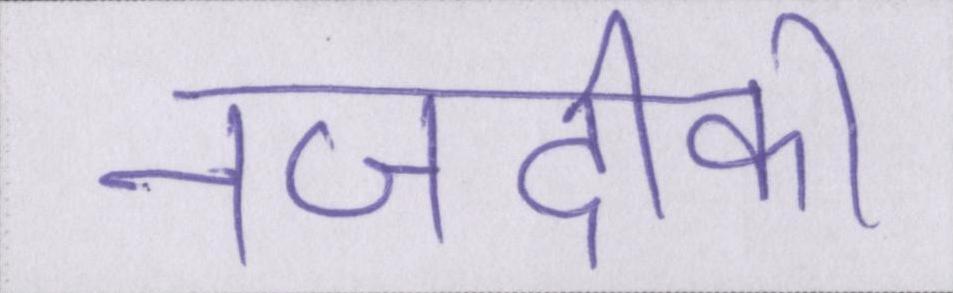
नजदीकी